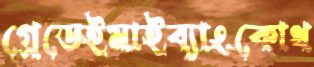
গ্রেডেইমাইব্যাংকোথ